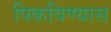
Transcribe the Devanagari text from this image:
पिकविण्यास